Civil Veterinary Dept. Bombay admin report 1914-1922 - 1914-1922
Year: 1914
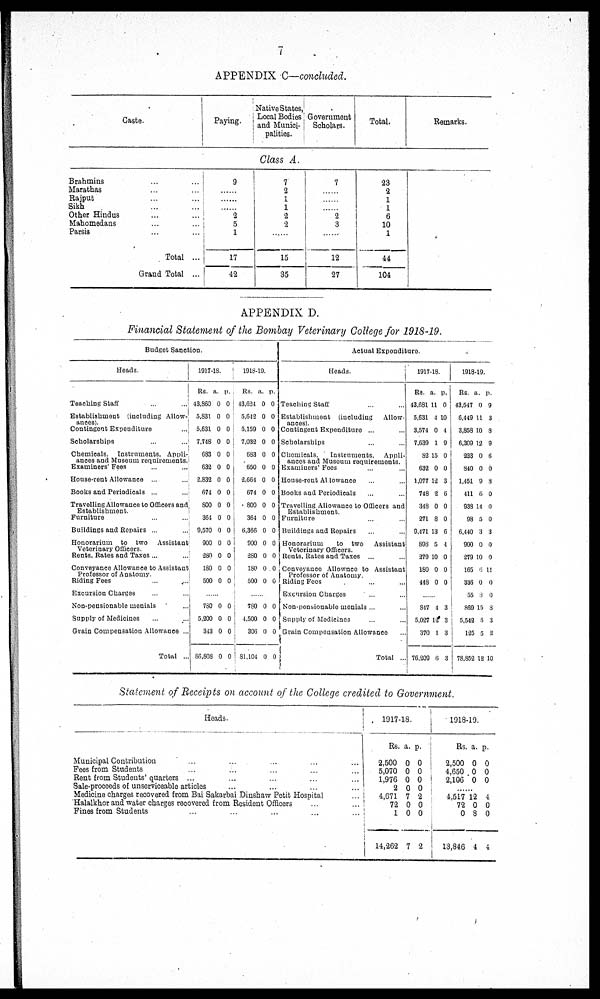
7
APPENDIX C—concluded.
Caste.
Brahmins ... ...
Marathas ... ...
Rajput ... ...
Sikh ... ...
Other Hindus ... ...
Mahomedans ... ...
Parsis ... ...
Total ...
Grand Total ...
Paying.
9
... ...
2
5
1
17
42
Native States,
Local Bodies
and Munici-
palities.
Class A.
7
2
1
1
2
2
.......
15
35
Government
Scholars.
7
.......
.......
2
3
.......
12
27
Total.
23
2
1
1
6
10
1
44
104
Remarks.
APPENDIX D.
Financial Statement of the Bombay Veterinary College for 1918-19.
Budget Sanction.
Heads.
Teaching Staff
...
...
Establishment (iucluding Allow-
ances).
Contingent Expenditure
...
Scholarships
...
...
Chemicals. Instruments, Appli-
ances and Museum requirements.
Examiners' Fees ... ...
House-rent Allowance ...
Books and Periodicals ...
Travelling Allowance to Officers and
Establishment.
Furniture ... ...
Buildings and Repairs ... ..
Honorarium to two Assistant
Veterinary Officers.
Rents. Rates and Taxes ...
Conveyance Allowance to Assistant
Professor of Anatomy.
Riding Fees ... ...
Excursion Charges ... ...
Non-pensionable menials ...
Supply of Medicines ... ...
Grain Compensation Allowance ...
Total ...
1917-18.
Rs.
43,860
5,831
5,631
7,748
683
632
2,832
674
800
364
9,570
900
280
180
500
a.
0
0
0
0
0
0
0
0
0
0
0
0
0
0
0
p.
0
0
0
0
0
0
0
0
0
0
0
0
0
0
0
......
780
5,200
343
86,808
0
0
0
0
0
0
0
0
1918-19.
Rs.
43,624
5,642
5,159
7,032
683
650
2,664
674
800
364
6,366
900
280
180
500
a.
0
0
0
0
0
0
0
0
0
0
0
0
0
0
0
p.
0
0
0
0
0
0
0
0
0
0
0
0
0
0
0
......
780
4,500
306
81,104
0
0
0
0
0
0
0
0
Actual Expenditure.
Heads.
Teaching Staff ... ...
Establishment (including Allow-
ances).
Contingent Expenditure ... ...
Scholarships ... ...
Chemicals,
Instruments, Appli-
ances and Museum requirements.
Examiners' Fees ... ...
House-rent Allowance ... ...
Books and Periodicals ... ...
Travelling Allowance to Officers and
Establishment.
Furniture ... ...
Buildings and Repairs ... ...
Honorarium
to two Assistant
Veterinary Officers.
Rents, Rates and Taxes ... ...
Conveyance Allownce to Assistant
Professor of Anatomy.
Riding Foes ... ...
Excursion Charges ... ...
Non-pensionable menials ... ...
Supply of Medicines ... ...
Grain Compensation Allowance
...
Total ...
1917-18.
Rs.
43,681
5,631
3,574
7,639
82
632
1,077
748
348
271
9,471
898
279
180
448
a.
11
4
0
1
15
0
12
2
0
8
13
5
10
0
0
p.
0
10
4
9
0
0
3
6
0
0
6
4
0
0
0
......
847
5,027
370
76,209
4
12
1
6
3
3
3
3
1918-19.
Rs.
43,547
6,449
3,858
6,309
233
840
1,451
411
938
98
6,440
900
279
165
336
55
869
5,542
125
78,852
a.
0
11
10
12
0
0
9
6
14
5
3
0
10
6
0
8
15
5
5
12
p.
9
3
8
9
6
0
3
0
0
0
3
0
0
11
0
0
8
3
2
10
Statement of Receipts on account of the College credited to Government.
Heads.
Municipal Contribution ... ... ... ... ...
Fees from Students ... ... ... ... ...
Rent from Students' quarters ... ... ... ...
Sale-proceeds of unserviceable articles ... ... ... ...
Medicine charges recovered from Bai Sakarbai Dinshaw Petit Hospital ...
Halalkhor and water charges recovered from Resident Officers ... ...
Fines from Students ... ... ... ... ...
1917-18.
Rs.
2,500
5,070
1,976
2
4,671
72
1
14,262
a.
0
0
0
0
7
0
0
7
p.
0
0
0
0
2
0
0
2
1918-19.
Rs.
2,500
4,650
2,106
a.
0
0
0
p.
0
0
0
... ...
4,517
72
0
13,846
12
0
8
4
4
0
0
4